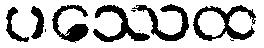
ပဿေထ